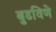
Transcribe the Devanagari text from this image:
बुडविणे